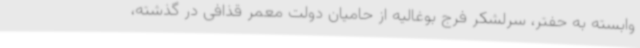
وابسته به حفتر، سرلشکر فرج بوغالیه از حامیان دولت معمر قذافی در گذشته،